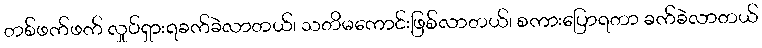
တစ်ဖက်ဖက် လှုပ်ရှားရခက်ခဲလာတယ်၊ သတိမကောင်းဖြစ်လာတယ်၊ စကားပြောရတာ ခက်ခဲလာတယ်